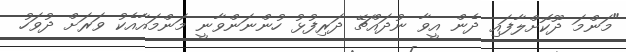
"މަންމަ ދޫކޮށްލާފައި ދެން އީވާ ނުދައްޗޭ ދަރިފުޅު ހުންނަންވާނީ މަންމައާއެކު ވަރަށް ދުވަހު